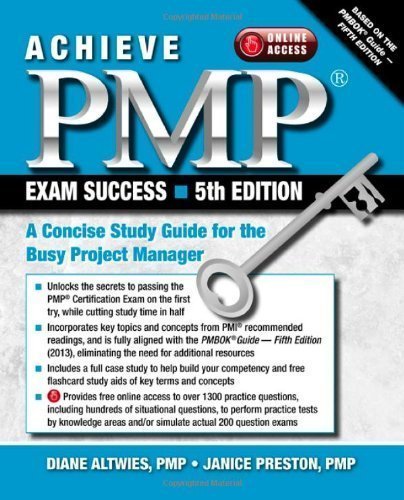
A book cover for Achieve PMP Exam Success, 5th Edition: A Concise Study Guide for the Busy Project Manager by Diane Altwies Published by J. Ross Publishing 5th (fifth) edition (2013) Paperback; Test Preparation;